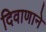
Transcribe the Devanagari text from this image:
दिवाणाने